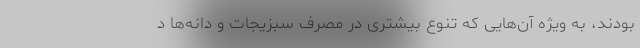
بودند، به ویژه آن‌هایی که تنوع بیشتری در مصرف سبزیجات و دانه‌ها د